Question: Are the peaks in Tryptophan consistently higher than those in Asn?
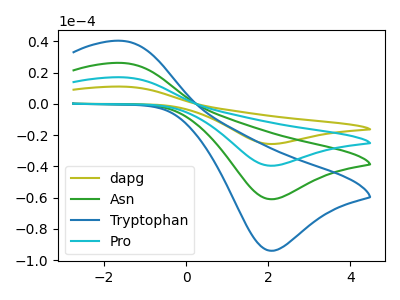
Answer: <think>The olive curve "dapg" has an anodic peak at (-1.60V, 78.50uA) and a cathodic peak at (2.05V, -182.80uA). The green curve "Asn" has an anodic peak at (-1.60V, 26.15uA) and a cathodic peak at (2.05V, -60.95uA). The blue curve "Tryptophan" has an anodic peak at (-1.60V, 40.30uA) and a cathodic peak at (2.05V, -93.90uA). The cyan curve "Pro" has an anodic peak at (-1.60V, 52.30uA) and a cathodic peak at (2.05V, -121.90uA).</think>
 <answer>Every peak in "Tryptophan" is higher than every peak in "Asn".</answer>
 <eval>higher</eval>